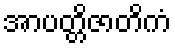
အာပတ္တိဇာတိကံ